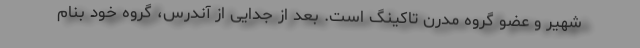
شهیر و عضو گروه مدرن تاکینگ است. بعد از جدایی از آندرس، گروه خود بنام